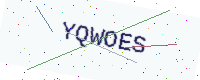
Text: YQWOES